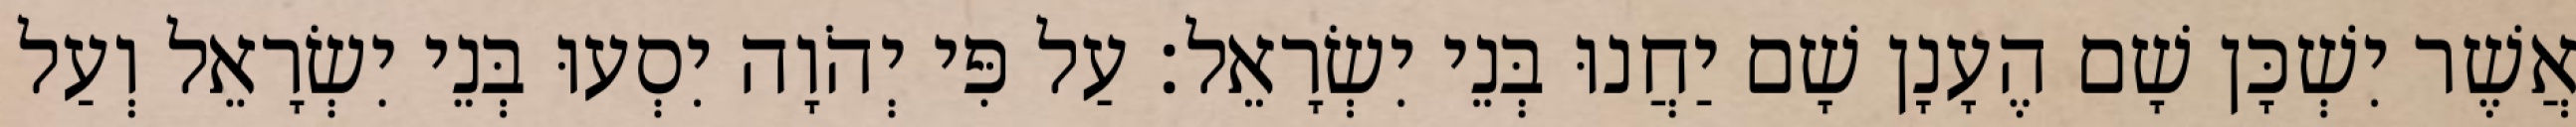
אֲשֶׁר יִשְׁכָּן שָׁם הֶעָנָן שָׁם יַחֲנוּ בְּנֵי יִשְׂרָאֵל׃ עַל פִּי יְהֹוָה יִסְעוּ בְּנֵי יִשְׂרָאֵל וְעַל